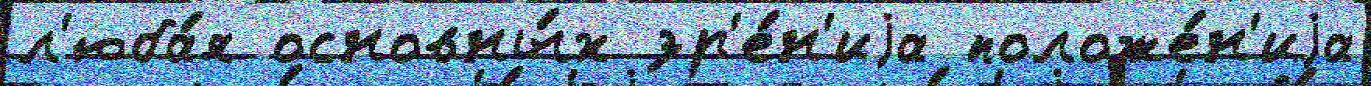
л'юба́я основны́х зр'е́н'иjа положе́н'иjа